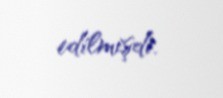
edilmişdi.